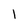
Character: 1